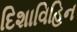
દિશાવિહિન